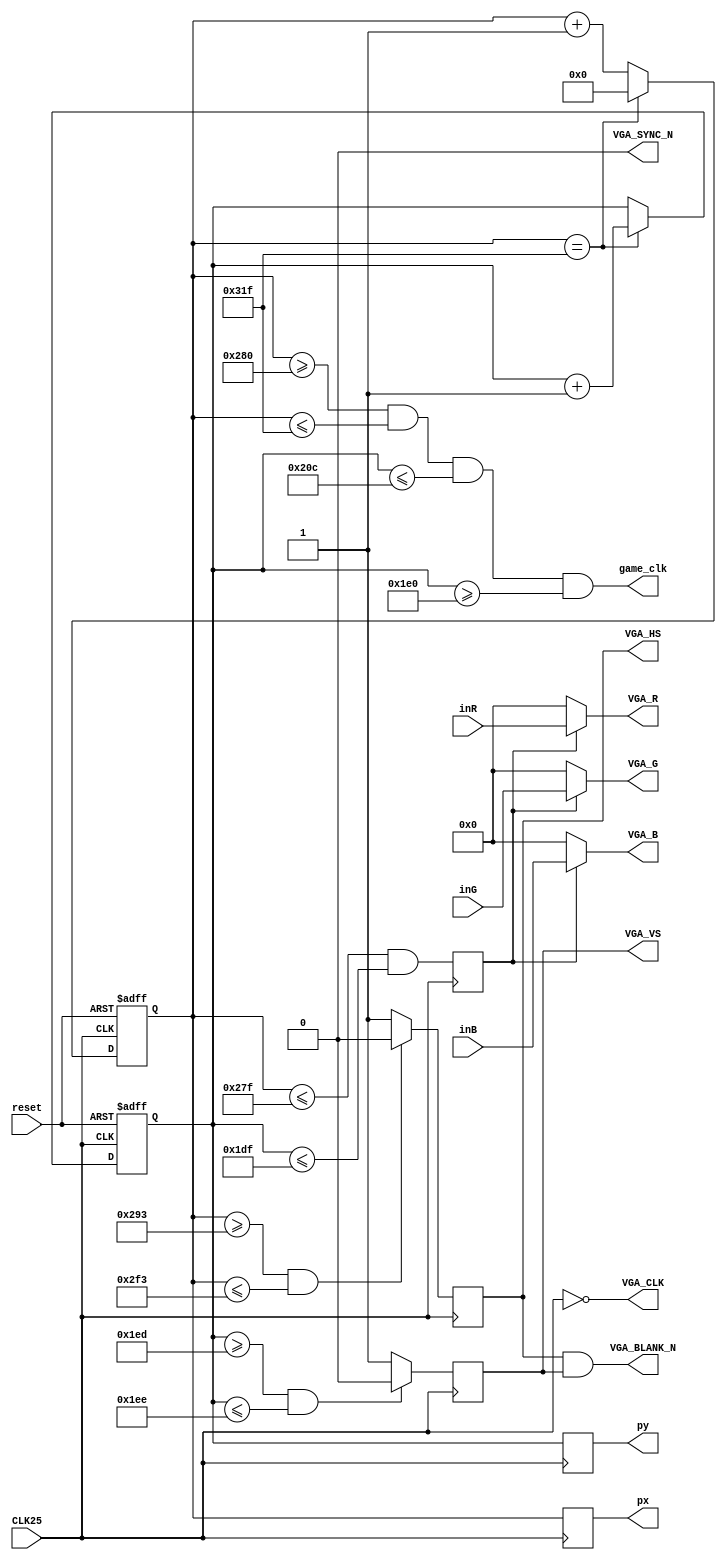
module vga_sync (CLK25, reset, inR, inG, inB,
 VGA_R, VGA_G, VGA_B, VGA_BLANK_N, VGA_CLK,
 VGA_HS, VGA_VS, VGA_SYNC_N,
 px, py, game_clk);
 
	input CLK25, reset;
	input [7:0] inR, inG, inB;
 
	output reg [9:0] px;
	output reg [8:0] py;
	output reg VGA_HS, VGA_VS;
	output VGA_BLANK_N, VGA_CLK, VGA_SYNC_N;
	output [7:0] VGA_R, VGA_G, VGA_B;
	output game_clk;
 
 
	reg video_on;
	reg [9:0] hcount; // 0~799
	reg [8:0] vcount; // 0~524
 
 
 // horizontal count
	always @(posedge CLK25 or posedge reset) begin
		if(reset) hcount <= 0;
		else begin
			if(hcount == 799) hcount <= 0;
			else	hcount <= hcount + 1;
		end
	end
 
 // h sync : signal for monitor output of pixel
	always @(posedge CLK25) begin
		if((hcount >= 659) && (hcount <= 755)) VGA_HS <= 0; // Active Low
		else VGA_HS <= 1;
	end
 
 
 
 // vertical count
	always @(posedge CLK25 or posedge reset) begin
		if(reset) vcount <= 0;
		else if (hcount == 799) begin
			if(vcount == 524) vcount <= 0;
			else vcount <= vcount +1;
		end
	end
 
 // v sync : line signal
	always @(posedge CLK25) begin
		if(vcount >= 493 && vcount <= 494) VGA_VS <= 0;
		else VGA_VS <= 1;
	end
 
 
	always @(posedge CLK25) begin
		video_on <= (hcount <= 639) && (vcount <= 479);
		px <= hcount;
		py <= vcount;
	end
	
	assign game_clk = (hcount >= 640 && hcount <= 799 && vcount <= 524 && vcount >= 480); // 60Hz.. consider delay!
	// hcount == 799 && vcount == 524.. can't satisfiy "hold time" condition. maybe..
	
	assign VGA_CLK = ~CLK25;
	assign VGA_BLANK_N = VGA_HS & VGA_VS;
	assign VGA_SYNC_N = 1'b0;
 
	assign VGA_R = video_on? inR : 8'h00;
	assign VGA_G = video_on? inG : 8'h00;
	assign VGA_B = video_on? inB : 8'h00;
endmodule